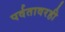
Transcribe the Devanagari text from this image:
पर्वतावरही